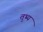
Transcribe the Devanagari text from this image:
तुभ्य